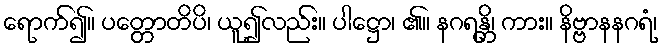
ရောက်၍။ ပတ္တောတိပိ၊ ယူ၍လည်း။ ပါဋ္ဌော၊ ၏။ နဂရန္တိ၊ ကား။ နိဗ္ဗာနနဂရံ၊